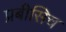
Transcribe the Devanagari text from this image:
प्रबीसिच